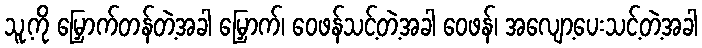
သူ့ကို မြှောက်တန်တဲ့အခါ မြှောက်၊ ဝေဖန်သင့်တဲ့အခါ ဝေဖန်၊ အလျော့ပေးသင့်တဲ့အခါ